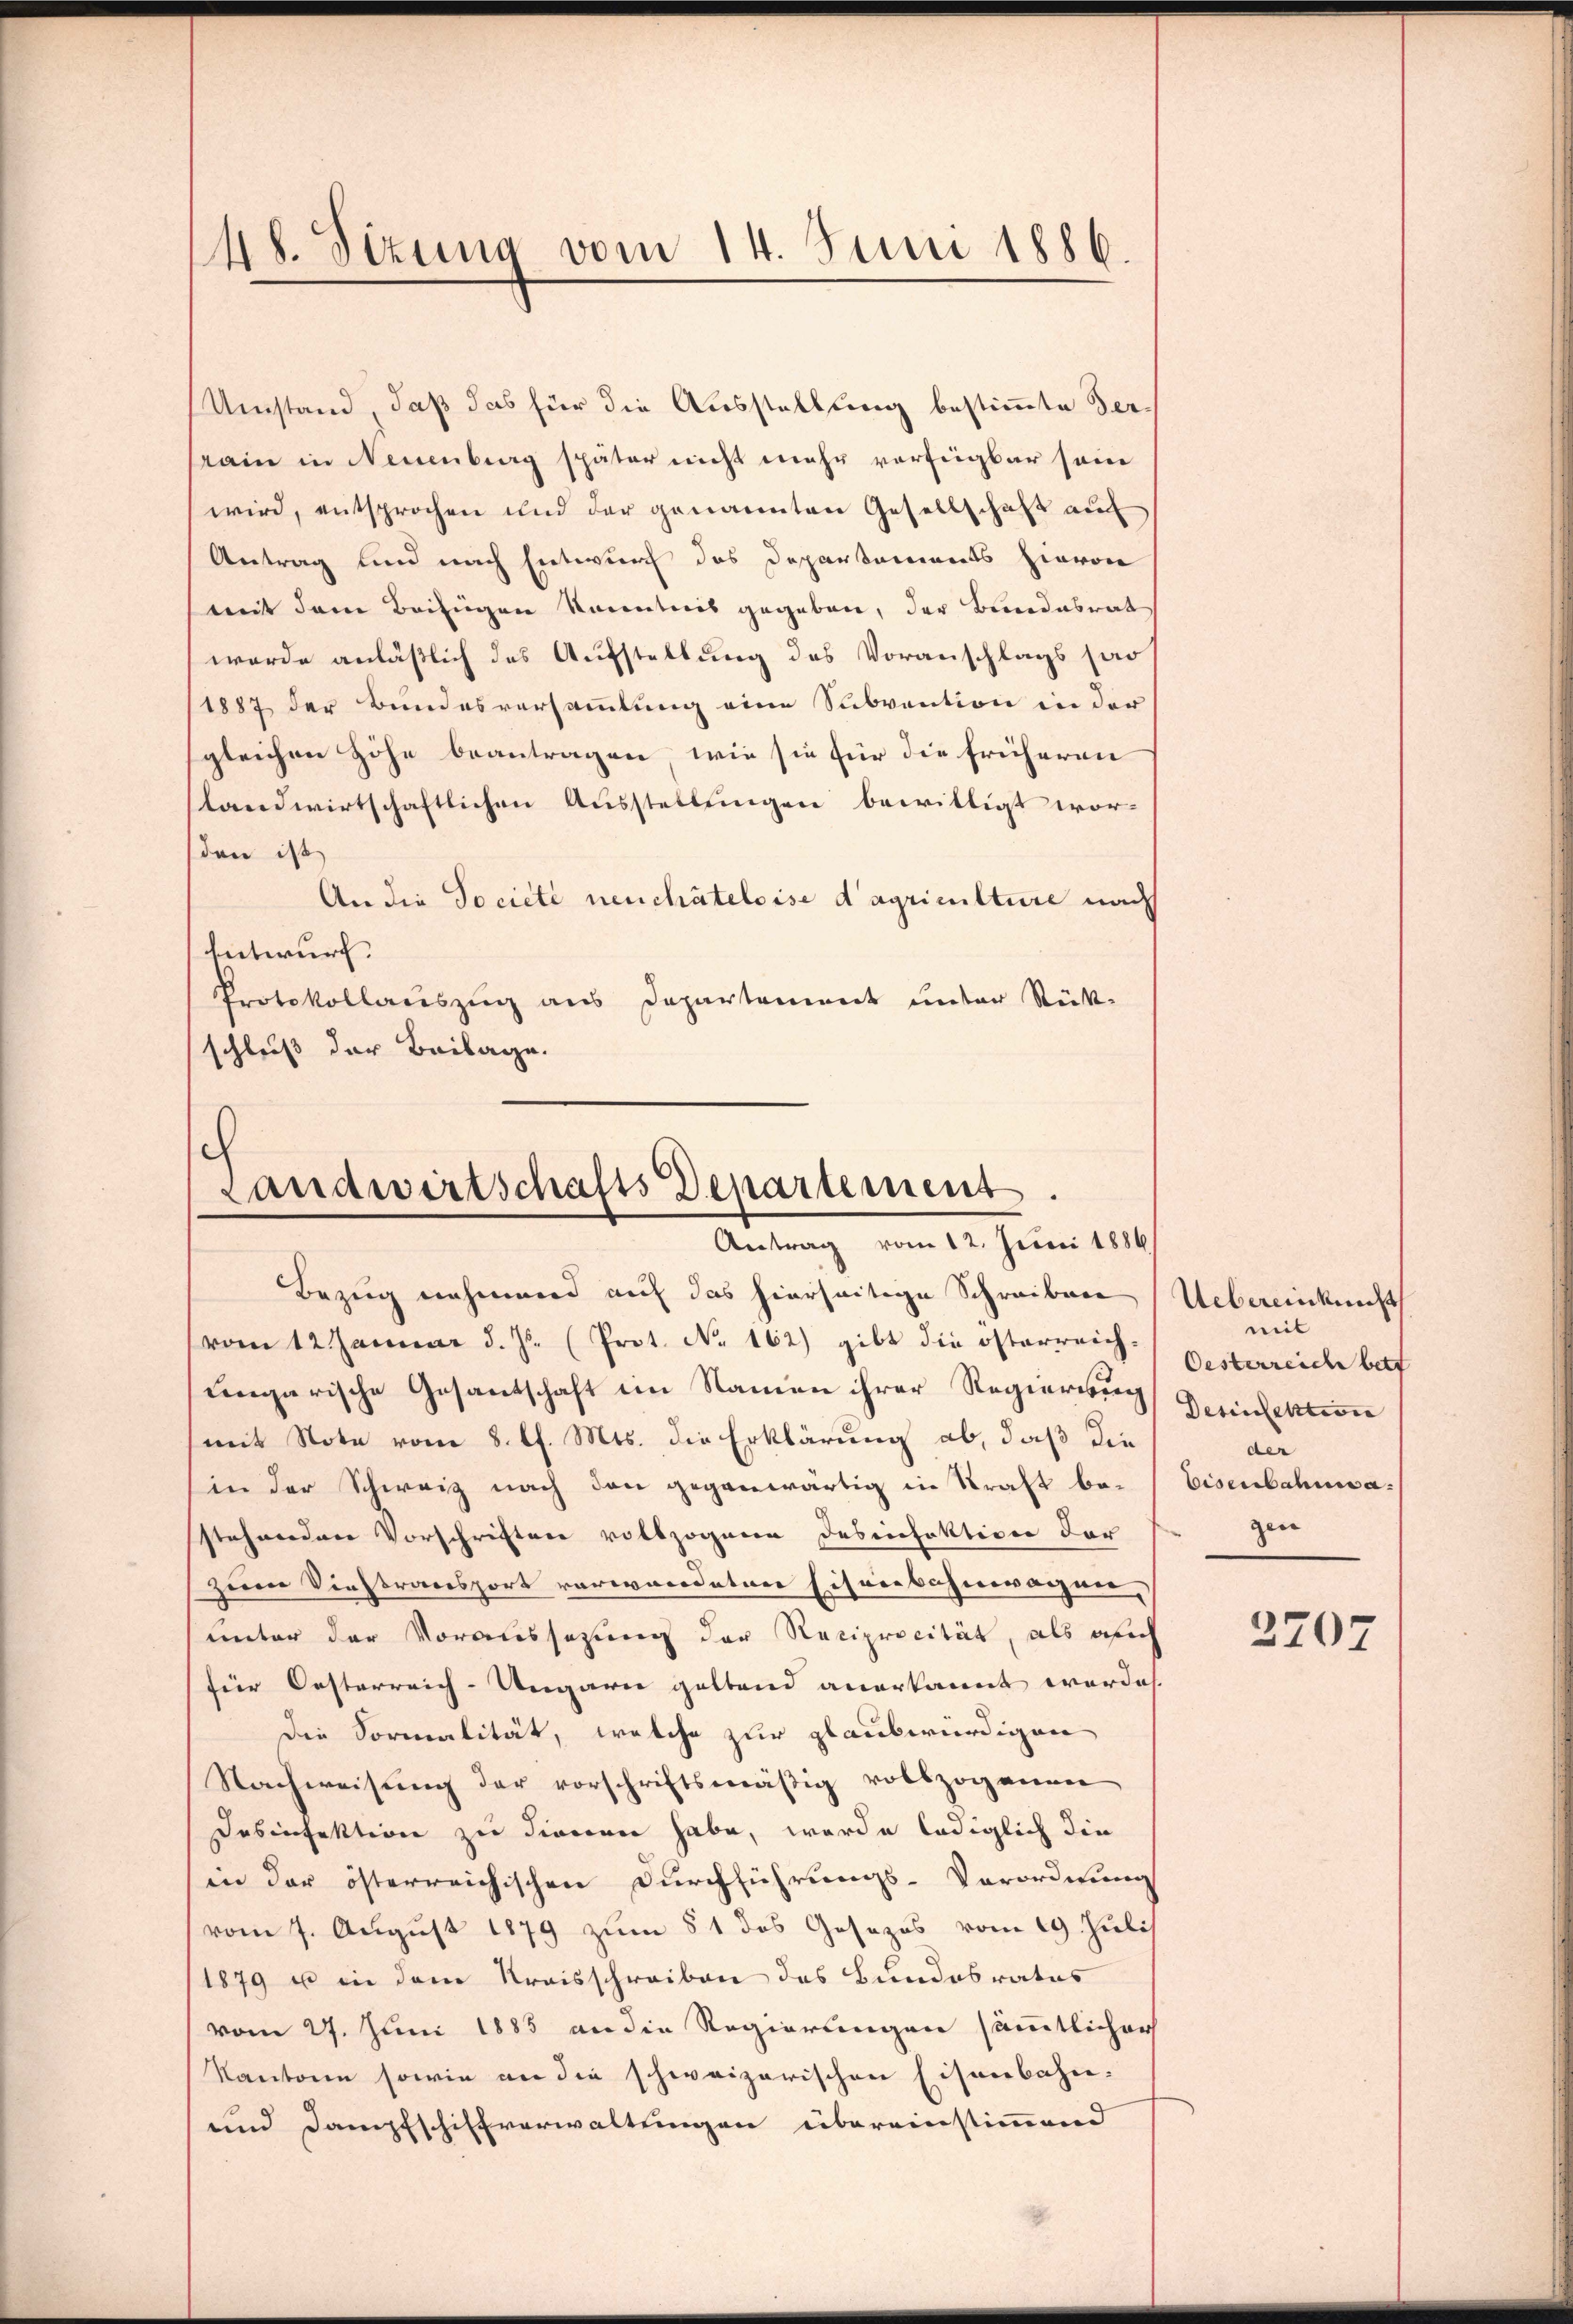
48. Sizung vom 14. Juni 1886.

Umstand, daß das für die Ausstellung bestimmte Verrain in Neuenburg später nicht mehr verfügbar sein
wird, entsprochen und der genannten Gesellschaft auf
Antrag und nach Entwurf das Departements hievon
weit dem Beifügen kanntnis gegeben, der Bundesrat
werde anläßlich des Aufstellung des Voranschlags sa
1887 der Bundesversammlung eine Subvention in der
gleichen Höhe beantragen, wie sie für die früheren
slandwirtschaftlichen Ausstellungen bewilligt worden ist
An die Société neuchâteloise d’agriculture nach
Entwurf.
Protokollauszug aus Departement unter Rück-
schluß der Beilage.
c

Landwirtschafts Departement.
Antrag vom 12. Juni 1886

Bezug nehmend auf das hierseitige Schreiben
vom 12 Januar d. Js. (Prot. No. 162) gibt die österreichungarische Gesantschaft im Namen ihrer Regierung Perinfektion
mit Note vom 8. d. Mts. die Erklärung ab, daß die
in der Schweiz nach den gegenwärtig in Kraft be-Eisenbahnwastehenden Vorschriften vollzogenen Desinfektion der
zum Viehtransport vermordeten Eisenbahnwagnie-
unter der Voraussezung der Reciprocität, als alich
für Oesterreich-Ungarn geltend anerkannt werden.
Die Formalität, welche zur glaubwürdigen
Nachweisung der vorschriftsmäßig vollzogenen
Desinfektion zu dienen habe, worde lediglich die
in der österreichischen Durchführungs-Verordnung
vom 7. August 1879 zum § 1 das Gesezes vom 19. Juli
1879 u in dem Kreisschreiben des Bundesrates
vom 27. Juni 1885 an die Regierungen sämmtlicher
Kantone sowie an die schweizerischen Eisenbahn-
und Dampfschiffverwaltungen übereinstimmend

Uebereinkunft
mit
Oesterreiche betr
ade
gen

2707